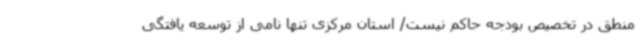
منطق در تخصیص بودجه حاکم نیست/ استان مرکزی تنها نامی از توسعه یافتگی